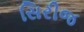
સિરીજ